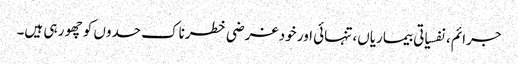
جرائم، نفسیاتی بیماریاں، تنہائی اور خود غرضی خطرناک حدوں کو چھو ر ہی ہیں۔